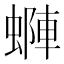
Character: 𧏶